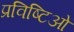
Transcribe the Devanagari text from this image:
प्रविष्टिओं